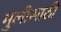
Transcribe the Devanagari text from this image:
मुलीसाठी